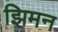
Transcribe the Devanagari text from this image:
झिमन